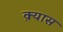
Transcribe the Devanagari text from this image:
क़्यास